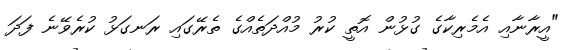
"އީރާނާއި އެމެރިކާގެ ގުޅުން އޮތީ ކުރު މުއްދަތެއްގެ ތެރޭގައި ރަނގަޅު ކުރެވޭނެ ފަދަ